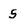
Character: s